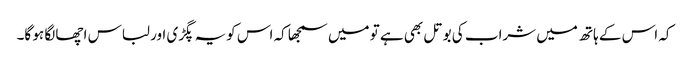
کہ اس کے ہاتھ میں شراب کی بوتل بھی ہے تو میں سمجھا کہ اس کویہ پگڑی اور لباس اچھا لگا ہو گا۔